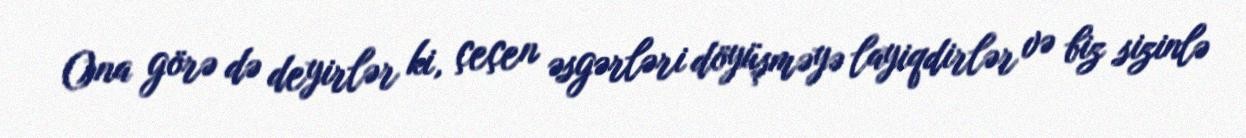
Ona görə də deyirlər ki, çeçen əsgərləri döyüşməyə layiqdirlər və biz sizinlə